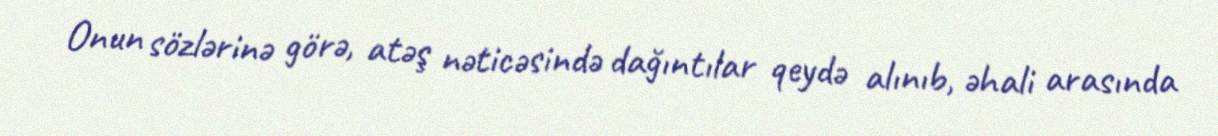
Onun sözlərinə görə, atəş nəticəsində dağıntılar qeydə alınıb, əhali arasında